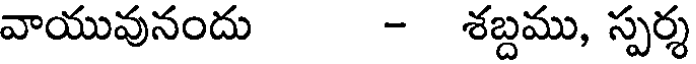
వాయువునందు - శబ్దము, స్పర్శ